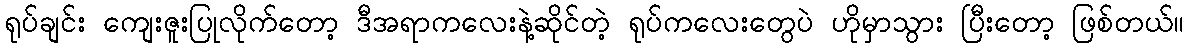
ရုပ်ချင်း ကျေးဇူးပြုလိုက်တော့ ဒီအရာကလေးနဲ့ဆိုင်တဲ့ ရုပ်ကလေးတွေပဲ ဟိုမှာသွား ပြီးတော့ ဖြစ်တယ်။